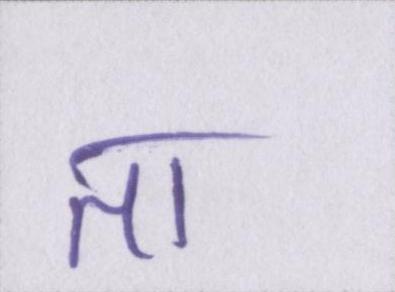
ता